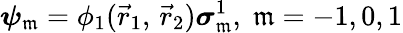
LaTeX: {\boldsymbol{\psi}}_{\mathfrak{m}}=\phi_{1}({\vec{{r}}}_{1},\, {\vec{{r}}}_{2}){\boldsymbol{\sigma}}_{\mathfrak{m}}^{1},\; \mathfrak{m}=-1,0,1